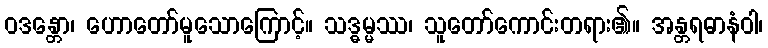
ဝဒန္တော၊ ဟောတော်မူသောကြောင့်။ သဒ္ဓမ္မဿ၊ သူတော်ကောင်းတရား၏။ အန္တရဓာနံဝါ၊